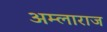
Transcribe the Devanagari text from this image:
अम्लाराज